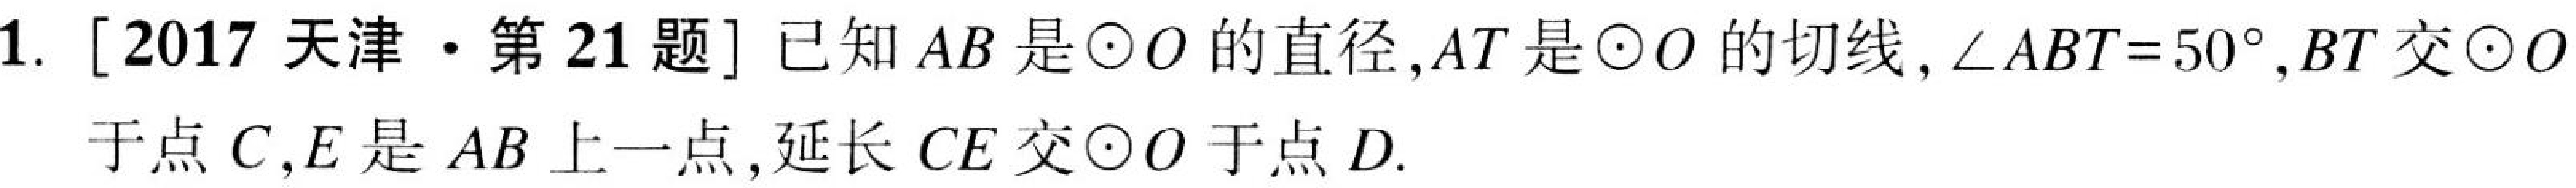
1. [2017天津·第21题] 已知$AB$是$\odot O$的直径，$AT$是$\odot O$的切线，$\angle ABT = 50^{\circ}$，$BT$交$\odot O$
于点$C$，$E$是$AB$上一点，延长$CE$交$\odot O$于点$D$.